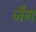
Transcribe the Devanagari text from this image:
जैग